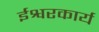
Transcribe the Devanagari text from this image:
ईश्वरकार्य